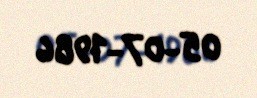
05-07-1986